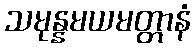
သမုန္နမယမတ္တာနံ